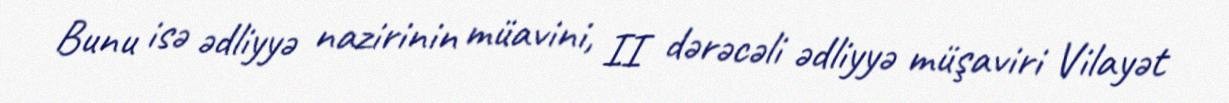
Bunu isə ədliyyə nazirinin müavini, II dərəcəli ədliyyə müşaviri Vilayət